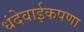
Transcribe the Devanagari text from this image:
धंदेवाईकपणा